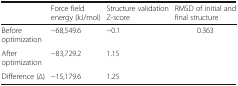
|  | Force field energy (kJ/mol) | Structure validation Z-score | RMSD of initial and final structure |
 | --- | --- | --- | --- |
 | Before optimization | −68,549.6 | −0.1 | <ROWSPAN=3> 0.363 |
 | After optimization | −83,729.2 | 1.15 |
 | Difference (∆) | −15,179.6 | 1.25 |